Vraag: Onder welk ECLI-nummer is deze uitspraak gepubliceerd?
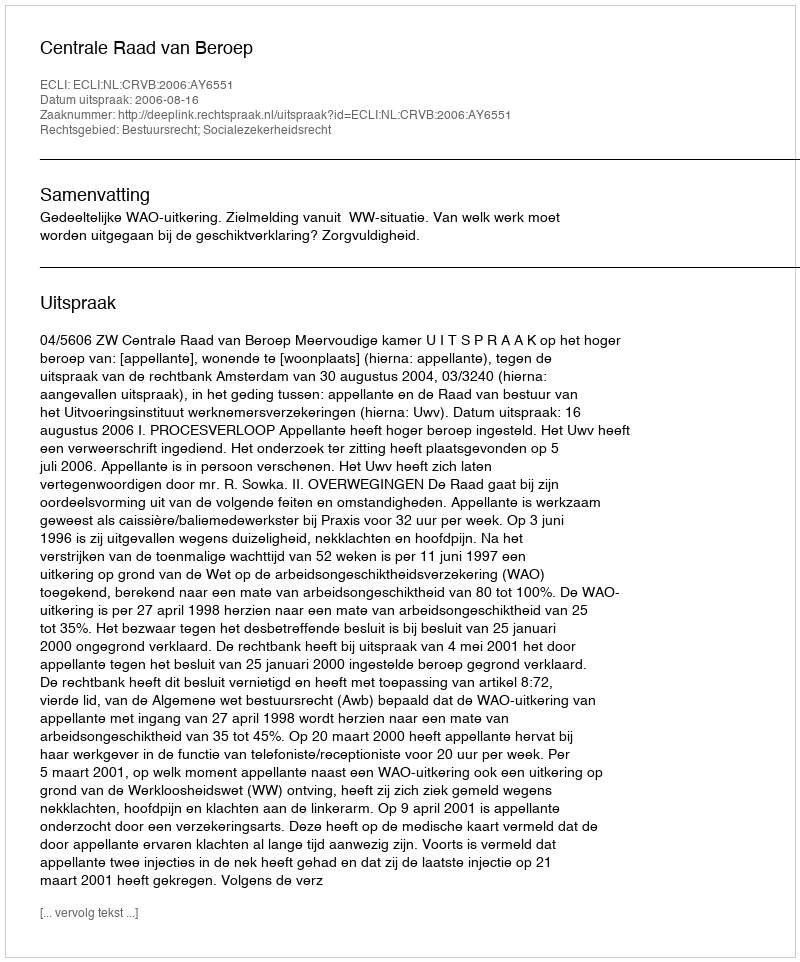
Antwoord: ECLI:NL:CRVB:2006:AY6551